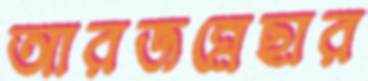
আরজন্নেছার